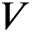
V